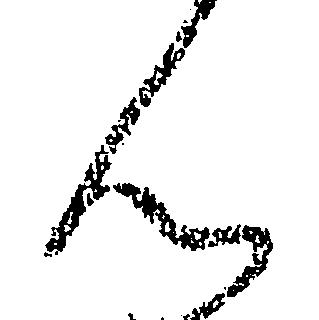
ん